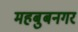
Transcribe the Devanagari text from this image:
महबुबनगर